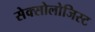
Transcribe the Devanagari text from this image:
सेक्सोलोजिस्ट